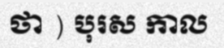
ថា ) បុរស កាល